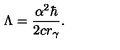
\Lambda = \frac { \alpha ^ { 2 } \hbar } { 2 c r _ { \gamma } } .